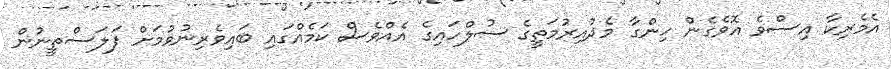
އެމެރިކާ އިސްވެ އޮވެގެން ހިންގާ މެދުއިރުމަތީގެ ސުލްހައިގެ އެއްވެސް ކަމެއްގައި ބައިވެރިނުވުމަށް ފަލަސްތީނުން